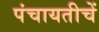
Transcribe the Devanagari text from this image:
पंचायतीचें